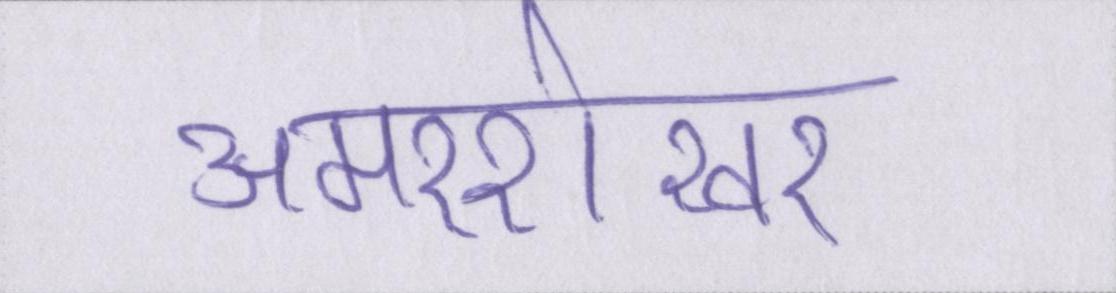
अमरशेखर